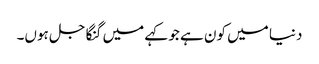
دنیا میں کون ہے جو کہے میں گنگا جل ہوں۔